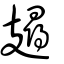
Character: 攳